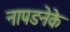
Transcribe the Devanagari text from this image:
नापडनेके